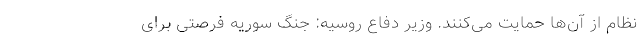
نظام از آن‌ها حمایت می‌کنند. وزیر دفاع روسیه: جنگ سوریه فرصتی برای